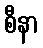
စီနာ